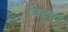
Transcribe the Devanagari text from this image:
विदुषां